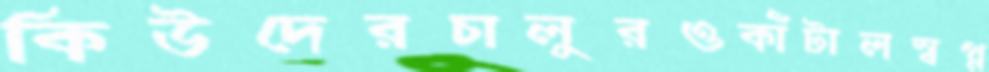
কিউদেরচালুরওকাঁটালস্বপ্ন